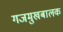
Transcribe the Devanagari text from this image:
गजमुखबालक